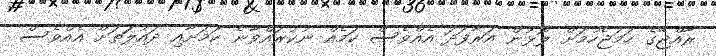
ރާއްޖޭގެ ހަމަޖެހުމަށް ލޮޅުން އަރާފަދަ އެއްވެސް ކަމެއް ނުކުރައްވާނެ ކަމަށާއި ދައުލަަތަށް އެއްވެސް